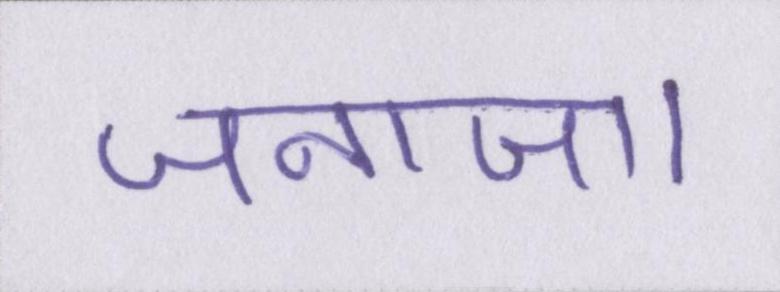
जनाजा